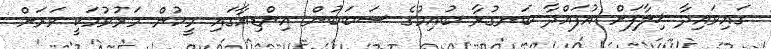
ގައިވައިދާ ޚިލާފަށް އުފައްދާ ބަނގުރާ ބުއިމުގެ ސަބަބުން އިންޑިއާގައި މީހުން މަރުވުމަކީ ވަރަށް